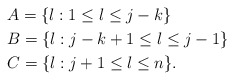
\begin{align*}&A=\{l:1\leq l\leq j-k\}\\&B=\{l:j-k+1\leq l\leq j-1\}\\&C=\{l:j+1\leq l\leq n\}.\end{align*}